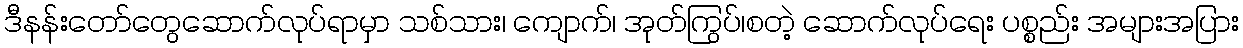
ဒီနန်းတော်တွေဆောက်လုပ်ရာမှာ သစ်သား၊ ကျောက်၊ အုတ်ကြွပ်၊စတဲ့ ဆောက်လုပ်ရေး ပစ္စည်း အများအပြား